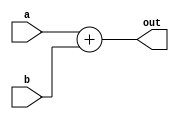
/*
This code is for 4 bit I/O. convert it to 32 I/O.
*/
module add (out,a,b);
output [31:0] out;
input [31:0] a,b;

assign out=a+b;
endmodule